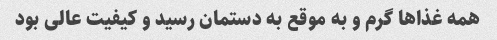
همه غذاها گرم و به موقع به دستمان رسید و کیفیت عالی بود